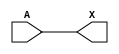
module sky130_fd_sc_hd__bufbuf_1 (
    X,
    A
);
    output X;
    input  A;
    wire buf0_out_X;
    buf buf0 (buf0_out_X, A              );
    buf buf1 (X         , buf0_out_X     );
endmodule